Report on plague in the Punjab from October 1st ... to September 30th ..., being the ... season of plague in the province
Disease focus: Plague
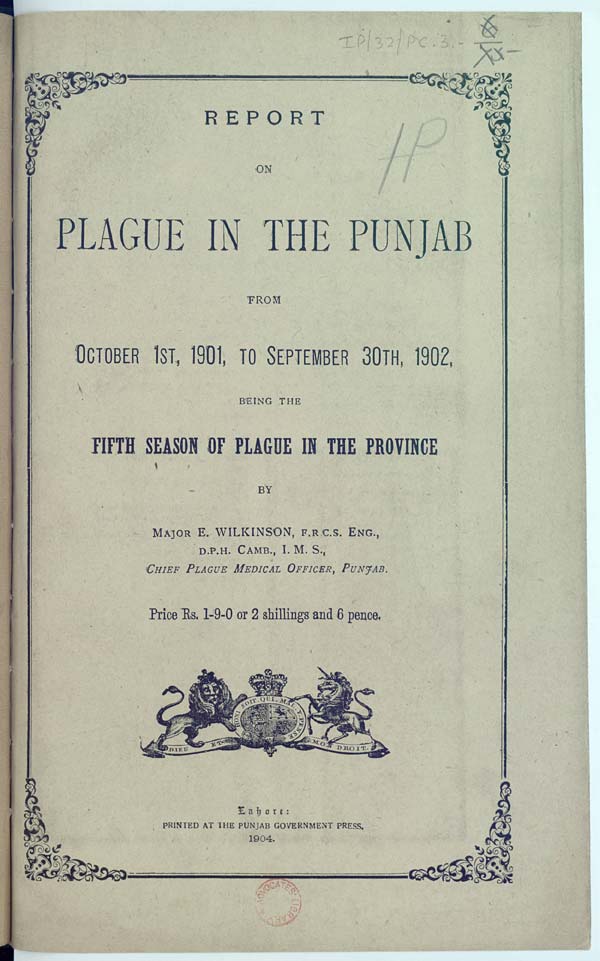
REPORT
ON
PLAGUE IN THE PUNJAB
FROM
OCTOBER 1ST, 1901, TO SEPTEMBER 30TH, 1902,
BEING THE
FIFTH SEASON OF PLAGUE IN THE PROVINCE
BY
MAJOR E. WILKINSON, F.R.C.S. ENG.,
D.P.H. CAMB., I. M. S.,
CHIEF PLAGUE MEDICAL OFFICER, PUNJAB.
Price Rs. 1-9-0 or 2 shillings and 6 pence.
Lahore:
PRINTED AT THE PUNJAB GOVERNMENT PRESS,
1904.